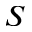
S